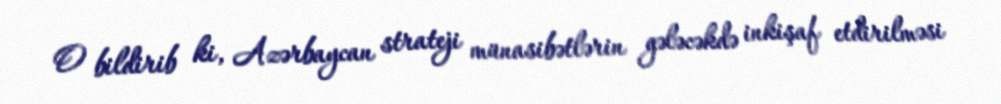
O bildirib ki, Azərbaycan strateji münasibətlərin gələcəkdə inkişaf etdirilməsi